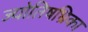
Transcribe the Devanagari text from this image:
ज्योतिषभ्रिका